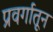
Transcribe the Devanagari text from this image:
प्रवर्गातून